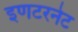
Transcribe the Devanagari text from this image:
इणटरनेट